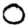
Digit: 0